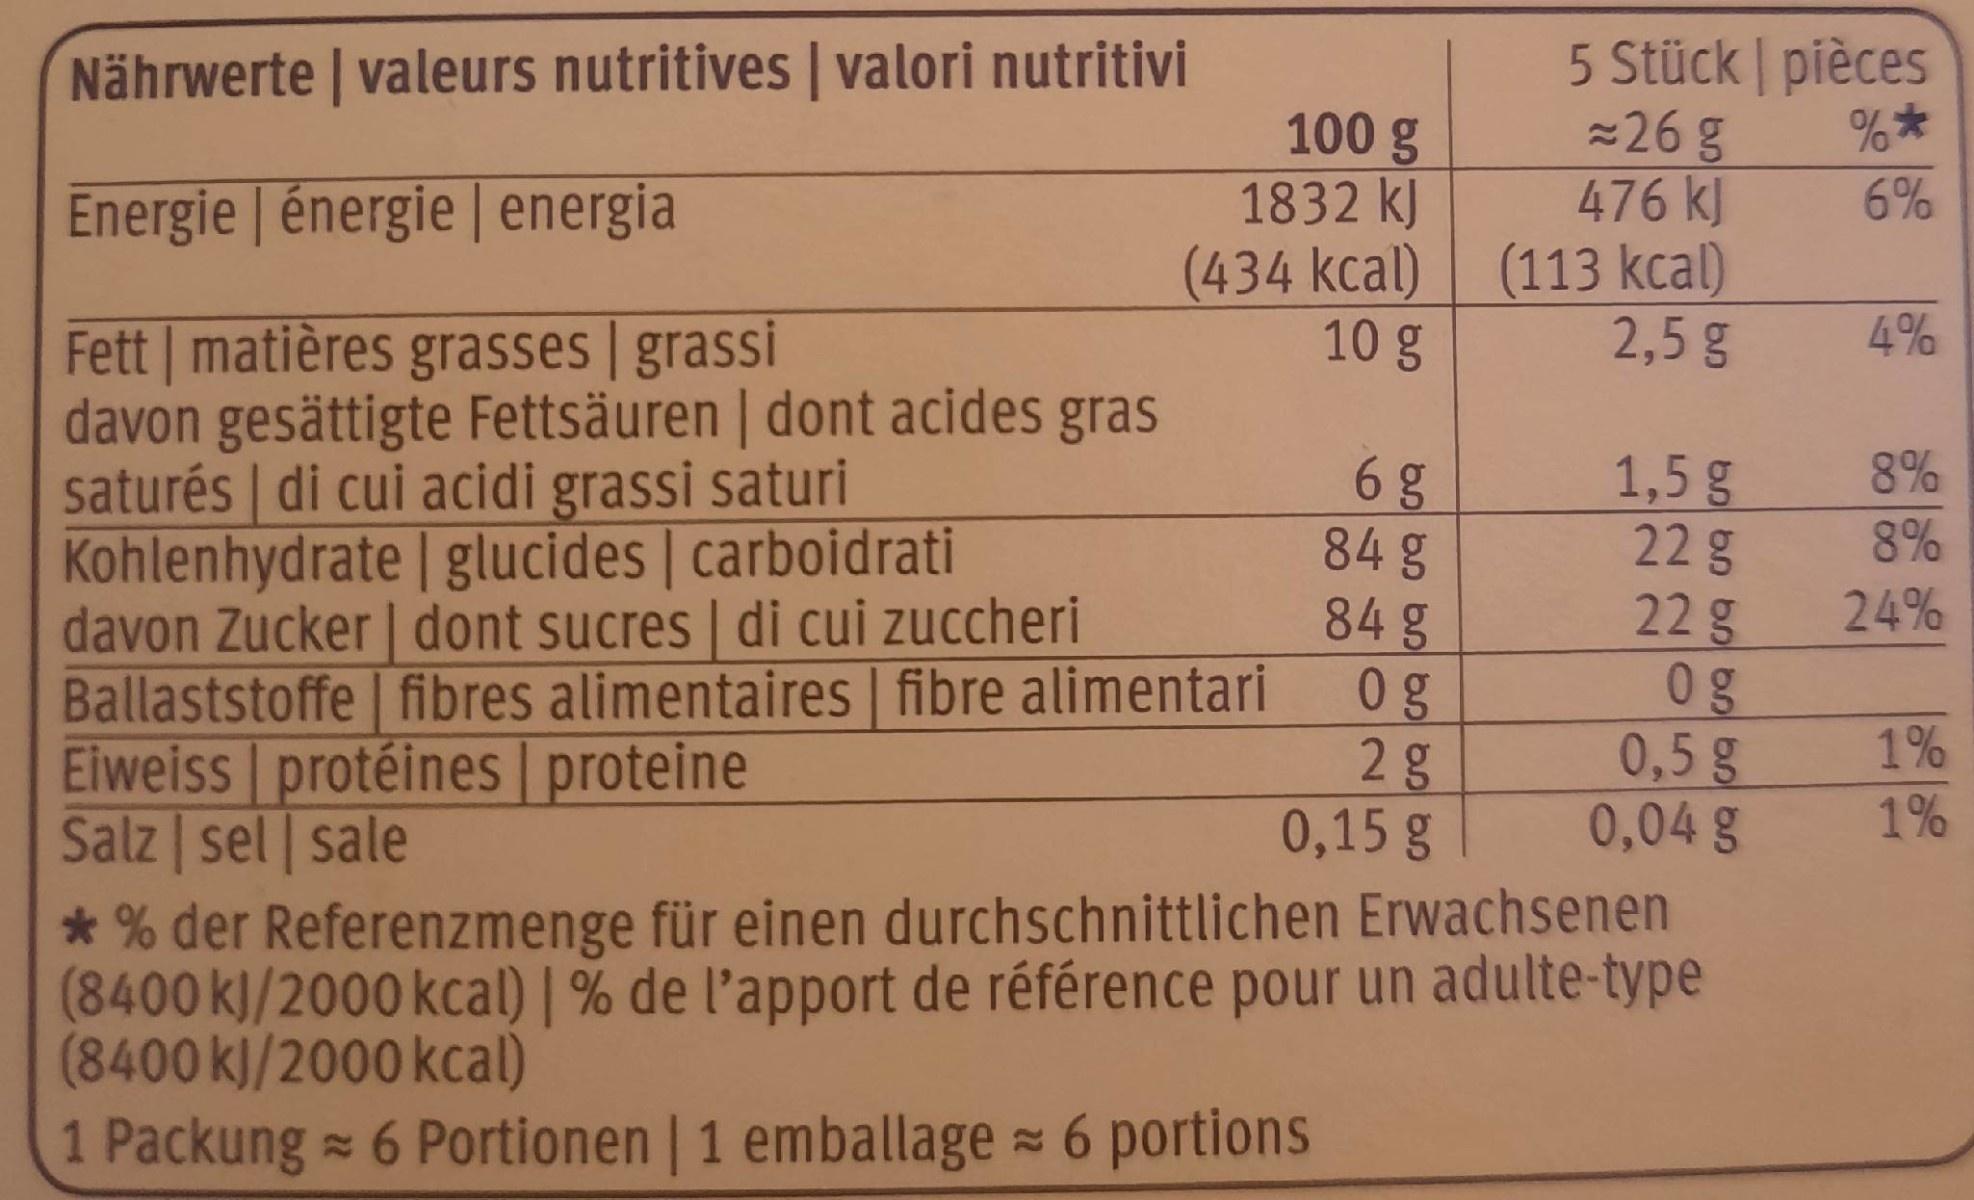
5 Stück pièces -26g 476 kJ
Nährwerte | valeurs nutritives | valori nutritivi
100 g 1832 kJ (434 kcal) (113 kcal) 10 g
Energie | énergie | energia
6%
2,5 g
4%
Fett | matières grasses | grassi davon gesättigte Fettsäuren | dont acides gras saturés | di cui acidi grassi saturi Kohlenhydrate | glucides | carboidrati davon Zucker | dont sucres | di cui zuccheri Ballaststoffe fibres alimentaires | fibre alimentari Eiweiss protéines | proteine Salz | sel | sale * % der Referenzmenge für einen durchschnittlichen Erwachsenen (8400 kJ/2000 kcal) | % de l'apport de référence pour un adulte-type (8400 k)/2000 kcal) 1 Packung = 6 Portionen | 1 emballage 6 portions
1,5 g 22g 22g 0g 0,5 g 0,04 g
8%
84 g
8%
84g
24%
1%
2g 0,15 g
1%
614